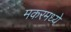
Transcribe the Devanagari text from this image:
मकरमध्ये